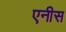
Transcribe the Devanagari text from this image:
एनीस